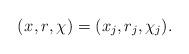
LaTeX: \begin{align*}\left(x_{}, r_{}, \chi_{}\right) =(x_j,r_j,\chi_j).\end{align*}